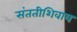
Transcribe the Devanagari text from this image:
संततीशिवाय